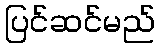
ပြင်ဆင်မည်